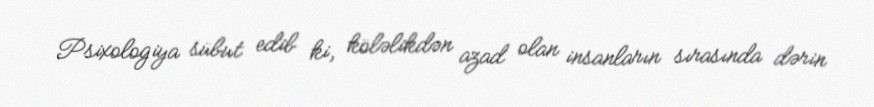
Psixologiya sübut edib ki, köləlikdən azad olan insanların sırasında dərin